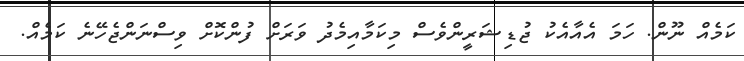
ކަމެއް ނޫން. ހަމަ އެއާއެކު ޖުޑިޝަރީންވެސް މިކަމާއިމެދު ވަަރަށް ފުންކޮށް ވިސްނަންޖެހޭނެ ކަމެއް.